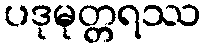
ပဒုမုတ္တရဿ